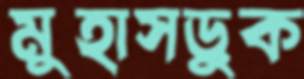
মুহাসড়ুক